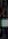
-